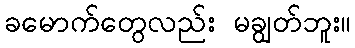
ခမောက်တွေလည်း မချွတ်ဘူး။